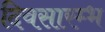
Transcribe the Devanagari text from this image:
दिवसारम्भ